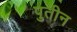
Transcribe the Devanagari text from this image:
पुतीन